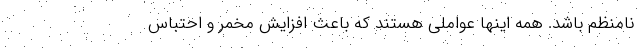
نامنظم باشد. همه اینها عواملی هستند که باعث افزایش مخمر و احتباس